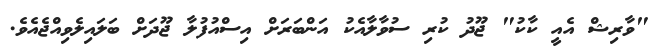
"ވާރިޝް އެއީ ކާކު" ޖޫދު ކުރި ސުވާލާއެކު އަންބަރަށް އިސްއުފުލާ ޖޫދަށް ބަލައިލެވިއްޖެއެވެ.